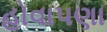
હોવાપણા